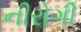
નીરોગી